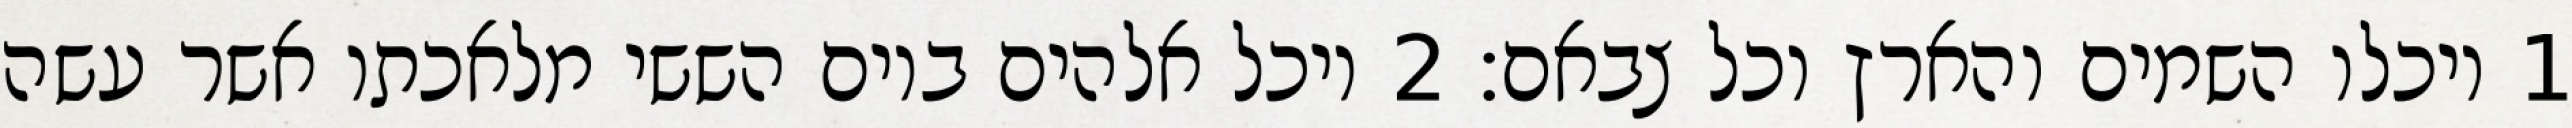
1 ויכלו השמים והארץ וכל צבאם׃ ‎2‏ ויכל אלהים ביום הששי מלאכתו אשר עשה